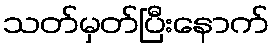
သတ်မှတ်ပြီးနောက်